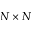
N \times N